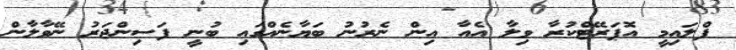
ފްލައިމީ އޮޕަރޭޓްކުރާ ވިލާ އެއާ އިން ނެރުނު ބަޔާނެއްގައި ބުނީ ފަސިންޖަރު ނޭވާލާން